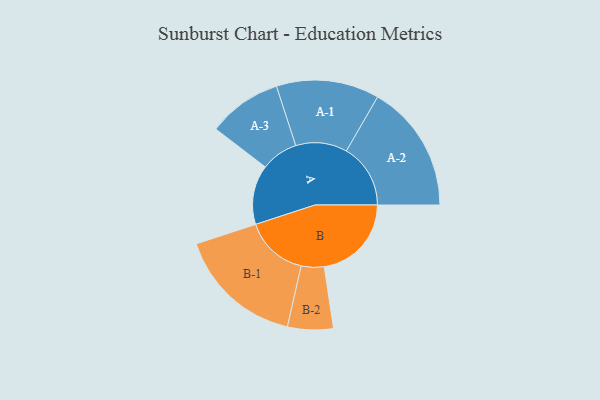
{"axis": {"x": "Segment", "y": "Value"}, "legend": ["", "A", "B"], "data": [{"x": "A", "y": 276, "type": ""}, {"x": "B", "y": 405, "type": ""}, {"x": "A-1", "y": 239, "type": "A"}, {"x": "A-2", "y": 298, "type": "A"}, {"x": "A-3", "y": 172, "type": "A"}, {"x": "B-1", "y": 294, "type": "B"}, {"x": "B-2", "y": 106, "type": "B"}]}